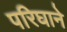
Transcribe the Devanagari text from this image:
परिघाने